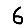
Digit: 6